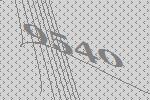
9540